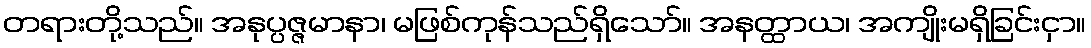
တရားတို့သည်။ အနုပ္ပဇ္ဇမာနာ၊ မဖြစ်ကုန်သည်ရှိသော်။ အနတ္ထာယ၊ အကျိုးမရှိခြင်းငှာ။